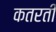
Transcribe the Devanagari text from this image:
कतरती